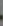
.